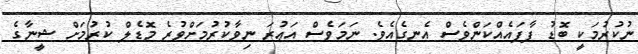
ނުކުރުމަކީ ބޮޑު ފާފައެއްކަންވެސް އެނގެއެވެ. ނަމަވެސް އަޢުރަ ނިވާކުރުމަށްވުރެ މޮޑެލް ކުރުމަށް ޝީނާގެ